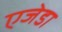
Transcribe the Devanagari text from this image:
एजेडा